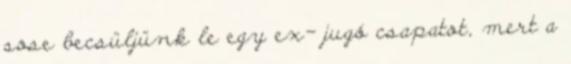
sose becsüljünk le egy ex- jugó csapatot, mert a